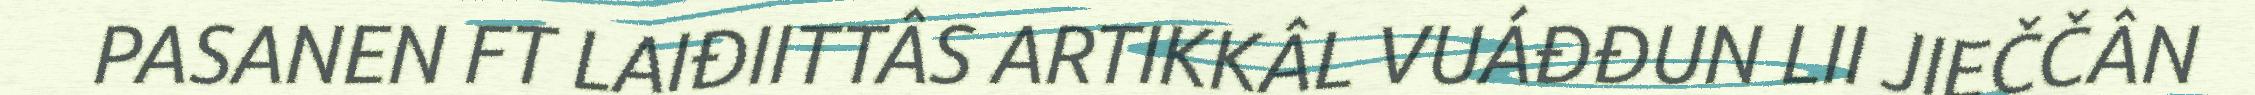
PASANEN FT LAIĐIITTÂS ARTIKKÂL VUÁĐĐUN LII JIEČČÂN